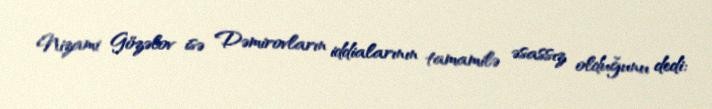
Nizami Gözəlov isə Dəmirovların iddialarının tamamilə əsassız olduğunu dedi: